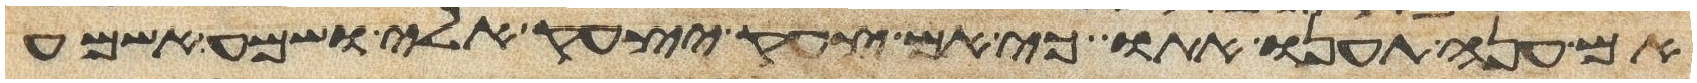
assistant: אם ענה תענו אתו כי אם צעק יצעק אלי שמע אשמע